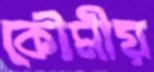
কৌমীয়